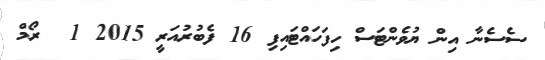
ސެސެނާ އިން ޔުވެންޓަސް ހިފަހައްޓައިފި 16 ފެބުރުއަރީ 2015 1  ރޯމް